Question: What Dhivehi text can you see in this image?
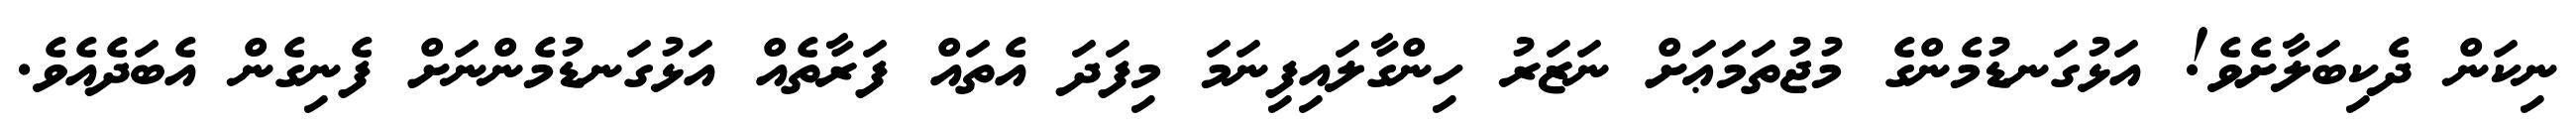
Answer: ނިކަން ދެކިބަލާށެވެ! އަޅުގަނޑުމެންގެ މުޖުތަމަޢަށް ނަޒަރު ހިންގާލައިފިނަމަ މިފަދަ އެތައް ފަރާތެއް އަޅުގަނޑުމެންނަށް ފެނިގެން އެބަދެއެވެ.